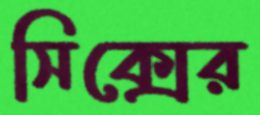
সিক্সের